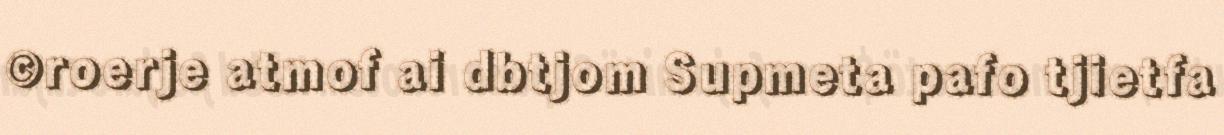
©roerje atmof ai dbtjom Supmeta pafo tjietfa